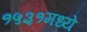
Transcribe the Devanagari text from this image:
१५३१मध्ये